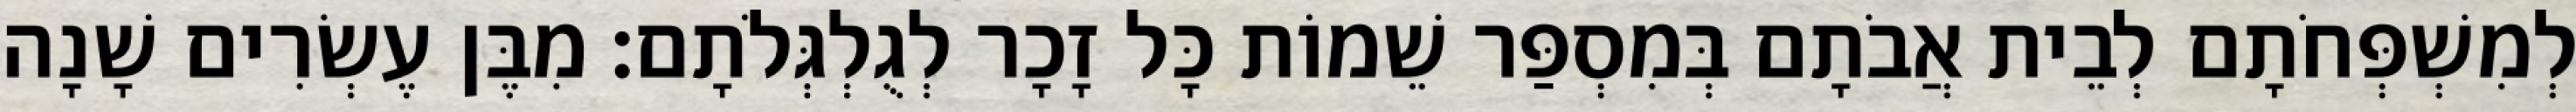
לְמִשְׁפְּחֹתָם לְבֵית אֲבֹתָם בְּמִסְפַּר שֵׁמוֹת כָּל זָכָר לְגֻלְגְּלֹתָם׃ מִבֶּן עֶשְׂרִים שָׁנָה